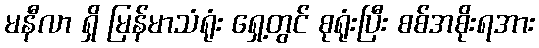
မနီလာ ရှိ မြန်မာသံရုံး ရှေ့တွင် စုရုံးပြီး စစ်အစိုးရအား